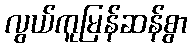
လွယ်ကူမြန်ဆန်စွာ